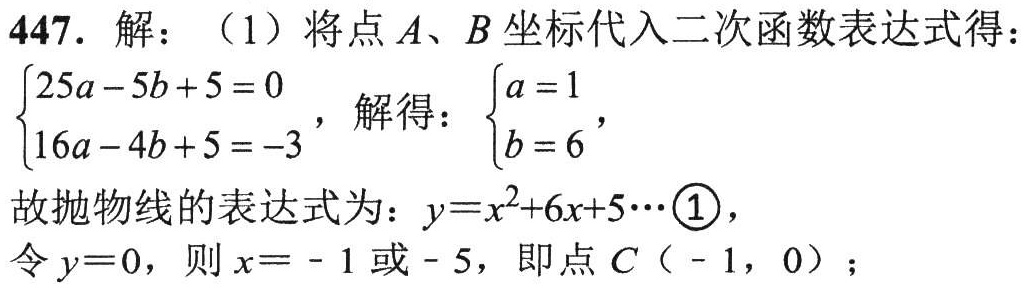
447. 解：（1）将点\(A\)、\(B\)坐标代入二次函数表达式得：
\(\begin{cases}25a - 5b + 5 = 0\\16a - 4b + 5 = - 3\end{cases}\)，解得：\(\begin{cases}a = 1\\b = 6\end{cases}\)，
故抛物线的表达式为：\(y = x^{2}+6x + 5\cdots\textcircled{1}\)，
令\(y = 0\)，则\(x = - 1\)或\(-5\)，即点\(C(-1,0)\)；